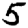
Digit: 5